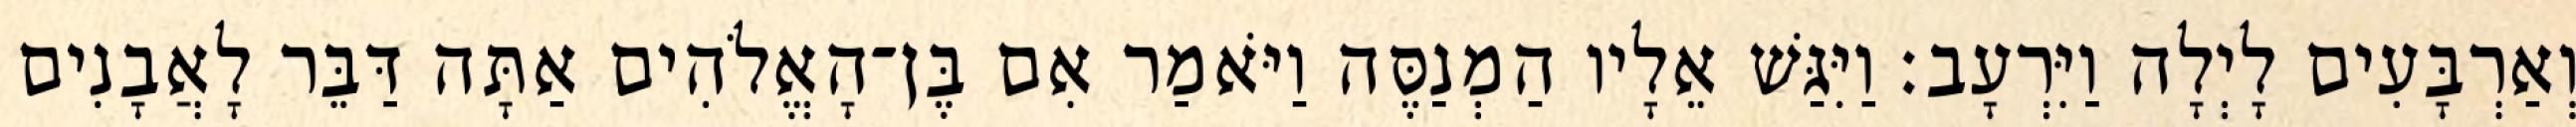
וְאַרְבָּעִים לָיְלָה וַיִּרְעָב׃ וַיִּגַּשׁ אֵלָיו הַמְנַסֶּה וַיֹּאמַר אִם בֶּן־הָאֱלֹהִים אַתָּה דַּבֵּר לָאֲבָנִים